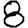
Digit: 8